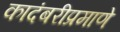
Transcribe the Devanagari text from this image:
कादंबरीप्रमाणे